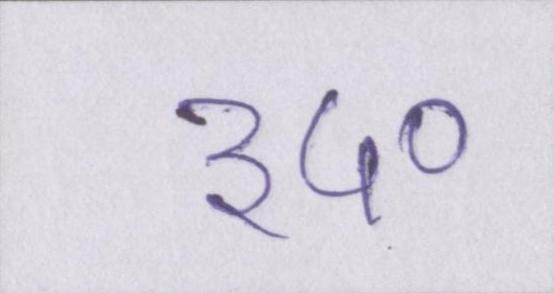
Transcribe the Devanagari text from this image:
३५०